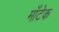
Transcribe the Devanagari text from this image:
माँटेक